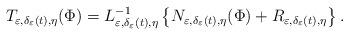
LaTeX: \begin{align*}T_{\varepsilon,\delta_{\varepsilon}(t),\eta}(\Phi)=L_{\varepsilon,\delta_{\varepsilon}(t),\eta}^{-1}\left\{ N_{\varepsilon,\delta_{\varepsilon}(t),\eta}(\Phi)+R_{\varepsilon,\delta_{\varepsilon}(t),\eta}\right\} .\end{align*}